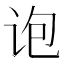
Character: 𰵜